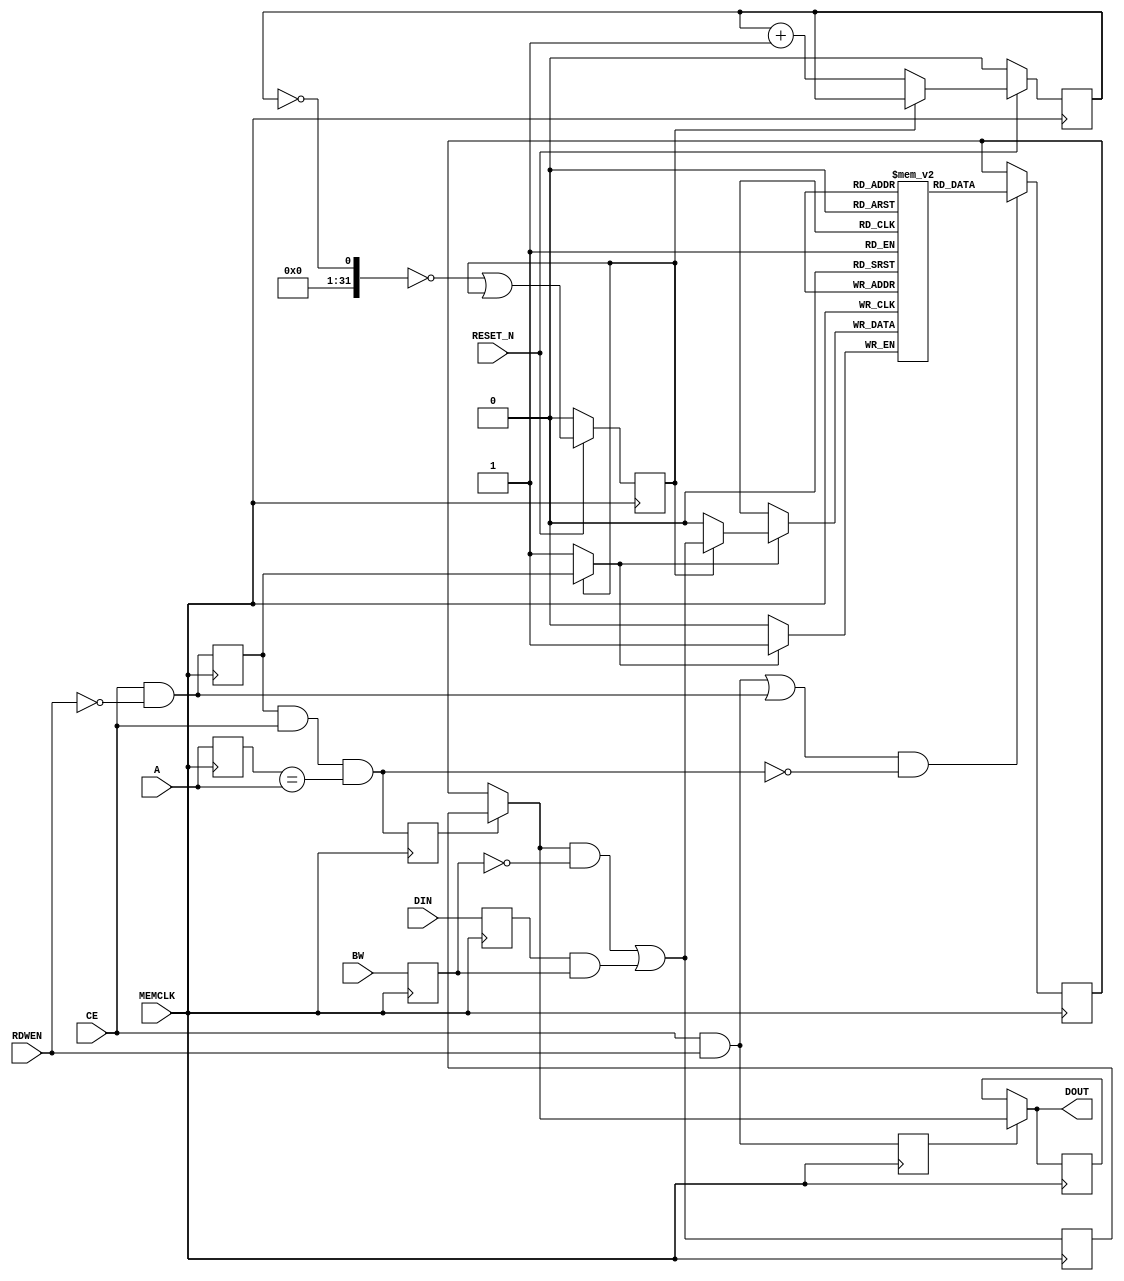
// Copyright (c) 2015 Princeton University
// All rights reserved.
// 
// Redistribution and use in source and binary forms, with or without
// modification, are permitted provided that the following conditions are met:
//     * Redistributions of source code must retain the above copyright
//       notice, this list of conditions and the following disclaimer.
//     * Redistributions in binary form must reproduce the above copyright
//       notice, this list of conditions and the following disclaimer in the
//       documentation and/or other materials provided with the distribution.
//     * Neither the name of Princeton University nor the
//       names of its contributors may be used to endorse or promote products
//       derived from this software without specific prior written permission.
// 
// THIS SOFTWARE IS PROVIDED BY PRINCETON UNIVERSITY "AS IS" AND
// ANY EXPRESS OR IMPLIED WARRANTIES, INCLUDING, BUT NOT LIMITED TO, THE IMPLIED
// WARRANTIES OF MERCHANTABILITY AND FITNESS FOR A PARTICULAR PURPOSE ARE
// DISCLAIMED. IN NO EVENT SHALL PRINCETON UNIVERSITY BE LIABLE FOR ANY
// DIRECT, INDIRECT, INCIDENTAL, SPECIAL, EXEMPLARY, OR CONSEQUENTIAL DAMAGES
// (INCLUDING, BUT NOT LIMITED TO, PROCUREMENT OF SUBSTITUTE GOODS OR SERVICES;
// LOSS OF USE, DATA, OR PROFITS; OR BUSINESS INTERRUPTION) HOWEVER CAUSED AND
// ON ANY THEORY OF LIABILITY, WHETHER IN CONTRACT, STRICT LIABILITY, OR TORT
// (INCLUDING NEGLIGENCE OR OTHERWISE) ARISING IN ANY WAY OUT OF THE USE OF THIS
// SOFTWARE, EVEN IF ADVISED OF THE POSSIBILITY OF SUCH DAMAGE.

// Description: A simple wrapper to infer Xilinx BRAMs for SRAMs

module bram_1rw_wrapper 
#(parameter NAME="", DEPTH=1, ADDR_WIDTH=1, BITMASK_WIDTH=1, DATA_WIDTH=1)
(
    input                         MEMCLK,
    input wire RESET_N,
    input                         CE,
    input   [ADDR_WIDTH-1:0]      A,
    input                         RDWEN,
    input   [BITMASK_WIDTH-1:0]   BW,
    input   [DATA_WIDTH-1:0]      DIN,
    output  [DATA_WIDTH-1:0]      DOUT
);

wire                            write_en;
wire                            read_en;

// Temporary storage for write data
reg                             wen_r;
reg   [ADDR_WIDTH-1:0    ]      A_r;
reg   [BITMASK_WIDTH-1:0 ]      BW_r;
reg   [DATA_WIDTH-1:0    ]      DIN_r;
reg   [DATA_WIDTH-1:0    ]      DOUT_r;

reg                             ren_r;

reg   [DATA_WIDTH-1:0    ]      bram_data_in_r;

wire                            bram_wen;
wire                            bram_ren;
reg  [DATA_WIDTH-1:0    ]      bram_data_out;
wire  [DATA_WIDTH-1:0    ]      bram_data_in;
wire  [DATA_WIDTH-1:0    ]      up_to_date_data;
wire                            rw_conflict;
reg                             rw_conflict_r;



reg   [ADDR_WIDTH-1:0    ]      WRITE_ADDRESS_REG_muxed;
reg                            bram_write_en_muxed;
reg  [DATA_WIDTH-1:0    ]      bram_data_in_muxed;

assign write_en   = CE & (RDWEN == 1'b0);
assign read_en    = CE & (RDWEN == 1'b1);


// Intermediate logic for write processing
always @(posedge MEMCLK) begin
   wen_r <= write_en;
   A_r   <= A;
   BW_r  <= BW;
   DIN_r <= DIN;
end

always @(posedge MEMCLK) begin
  ren_r  <= read_en;
end

always @(posedge MEMCLK)
   bram_data_in_r <= bram_data_in;

always @(posedge MEMCLK)
   rw_conflict_r  <= rw_conflict;

always @(posedge MEMCLK)
  DOUT_r  <= DOUT;

assign bram_data_in = (up_to_date_data & ~BW_r) | (DIN_r & BW_r);

// processing of read in case if it just in the next cycle after read to the same address
assign rw_conflict      = wen_r & CE & (A_r == A);                         // read or write to the same address
assign up_to_date_data  = rw_conflict_r ? bram_data_in_r : bram_data_out;  // delay of mem is 1 cycle
assign bram_ren         = (read_en | write_en) & ~rw_conflict;             // do not read in case of a conflict
                                                                        // to make behaviour of a memory robust
assign bram_wen      = wen_r;

assign DOUT          = ren_r ? up_to_date_data : DOUT_r;

// BRAM
reg [DATA_WIDTH-1:0] ram [DEPTH-1:0];
// reg [%d-1:0] bram_data_out;
always @(posedge MEMCLK) begin
  if (bram_write_en_muxed) begin
      ram[WRITE_ADDRESS_REG_muxed] <= bram_data_in_muxed;
  end
  if (bram_ren) begin
    bram_data_out <= ram[A];
  end
end
// END BRAM

`ifndef CONFIG_DISABLE_BIST_CLEAR // undefined by default

/* BIST logic for resetting RAM content to 0s on reset*/
localparam INIT_STATE = 1'd0;
localparam DONE_STATE  = 1'd1;

reg [ADDR_WIDTH-1:0] bist_index;
reg [ADDR_WIDTH-1:0] bist_index_next;
reg init_done;
reg init_done_next;

always @ (posedge MEMCLK)
begin
   if (!RESET_N)
   begin
      bist_index <= 0;
      init_done <= 0;
   end
   else
   begin
      bist_index <= bist_index_next;
      init_done <= init_done_next;
   end
end

always @ *
begin
   bist_index_next = init_done ? bist_index : bist_index + 1;
   init_done_next = ((|(~bist_index)) == 0) | init_done;
end

// MUX for BIST
always @ *
begin
   if (!init_done)
   begin
      WRITE_ADDRESS_REG_muxed = bist_index;
      bram_write_en_muxed = 1'b1;
      bram_data_in_muxed = {DATA_WIDTH{1'b0}};
   end
   else
   begin
      WRITE_ADDRESS_REG_muxed = A_r;
      bram_write_en_muxed = bram_wen;
      bram_data_in_muxed = bram_data_in;
   end
end

`else

always @ * begin
  WRITE_ADDRESS_REG_muxed = A_r;
  bram_write_en_muxed = bram_wen;
  bram_data_in_muxed = bram_data_in;
end


`endif


endmodule